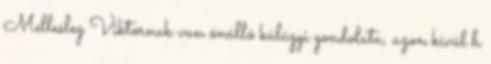
Mellesleg Viktornak van önálló külügyi gondolata, azon kívül h